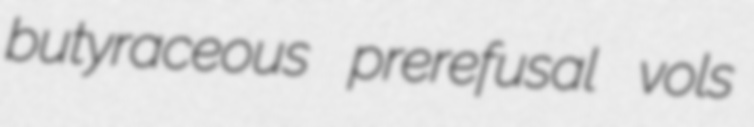
butyraceous prerefusal vols